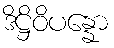
ဒိဋ္ဌိဝိပန္နော